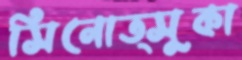
সিনোত্সুকা